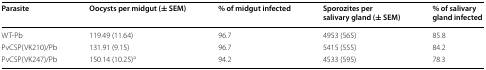
| Parasite | Oocysts per midgut (± SEM) | % of midgut infected | Sporozites per salivary gland (± SEM) | % of salivary gland infected |
 | --- | --- | --- | --- | --- |
 | WT-Pb | 119.49 (11.64) | 96.7 | 4953 (565) | 85.8 |
 | PvCSP(VK210)/Pb | 131.91 (9.15) | 96.7 | 5415 (555) | 84.2 |
 | PvCSP(VK247)/Pb | 150.14 (10.25)a | 94.2 | 4533 (595) | 78.3 |